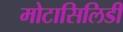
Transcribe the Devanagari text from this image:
मोटासिलिडी